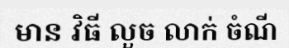
មាន វិធី លួច លាក់ ចំណី